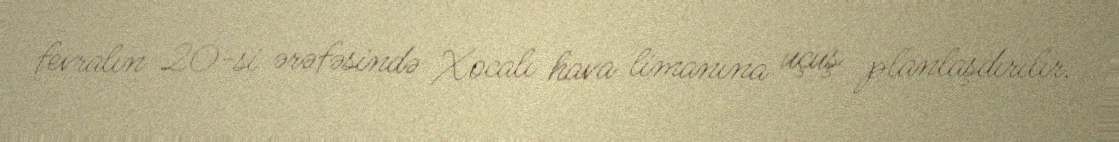
fevralın 20-si ərəfəsində Xocalı hava limanına uçuş planlaşdırılır.